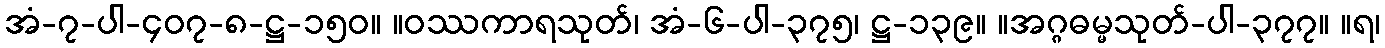
အံ-၇-ပါ-၄၀၇-၈-ဋ္ဌ-၁၅၀။ ။ဝဿကာရသုတ်၊ အံ-၆-ပါ-၃၇၅၊ ဋ္ဌ-၁၃၉။ ။အဂ္ဂဓမ္မသုတ်-ပါ-၃၇၇။ ။ရ၊